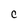
Character: C